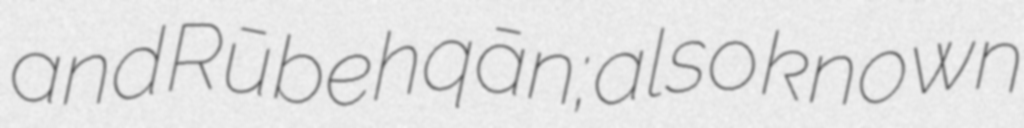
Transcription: and Rūbehqān; also known